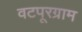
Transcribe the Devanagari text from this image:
वटपूरग्राम